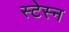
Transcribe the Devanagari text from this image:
स्टेस्न